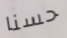
حسنا